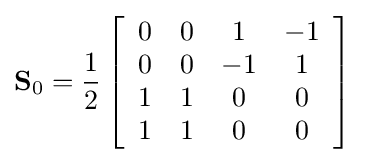
\mathbf {S} _{0}={\frac {1}{2}}\left[{\begin{array}{cccc}0&0&1&-1\\0&0&-1&1\\1&1&0&0\\1&1&0&0\end{array}}\right]